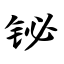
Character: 铋